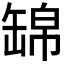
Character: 𦈿